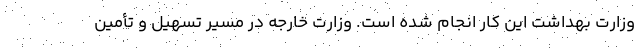
وزارت بهداشت این کار انجام شده است. وزارت خارجه در مسیر تسهیل و تأمین